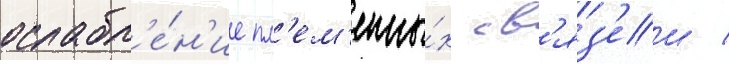
ослабл'е́н'ие пл'ем'енны́х св'яз'еи /